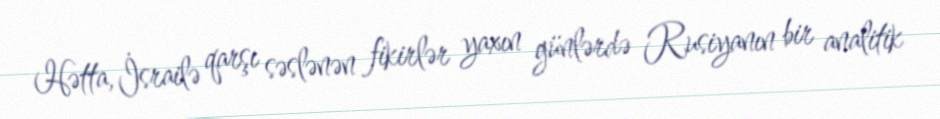
Hətta, İsrailə qarşı səslənən fikirlər yaxın günlərdə Rusiyanın bir analitik